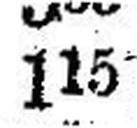
115